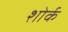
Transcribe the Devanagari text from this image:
शोर्क